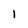
Character: l